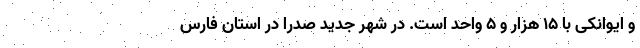
و ایوانکی با ۱۵ هزار و ۵ واحد است. در شهر جدید صدرا در استان فارس